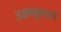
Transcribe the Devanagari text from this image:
अक्षयकुमारने